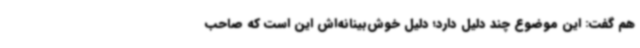
هم گفت: این موضوع چند دلیل دارد؛ دلیل خوش‌بینانه‌اش این است که صاحب